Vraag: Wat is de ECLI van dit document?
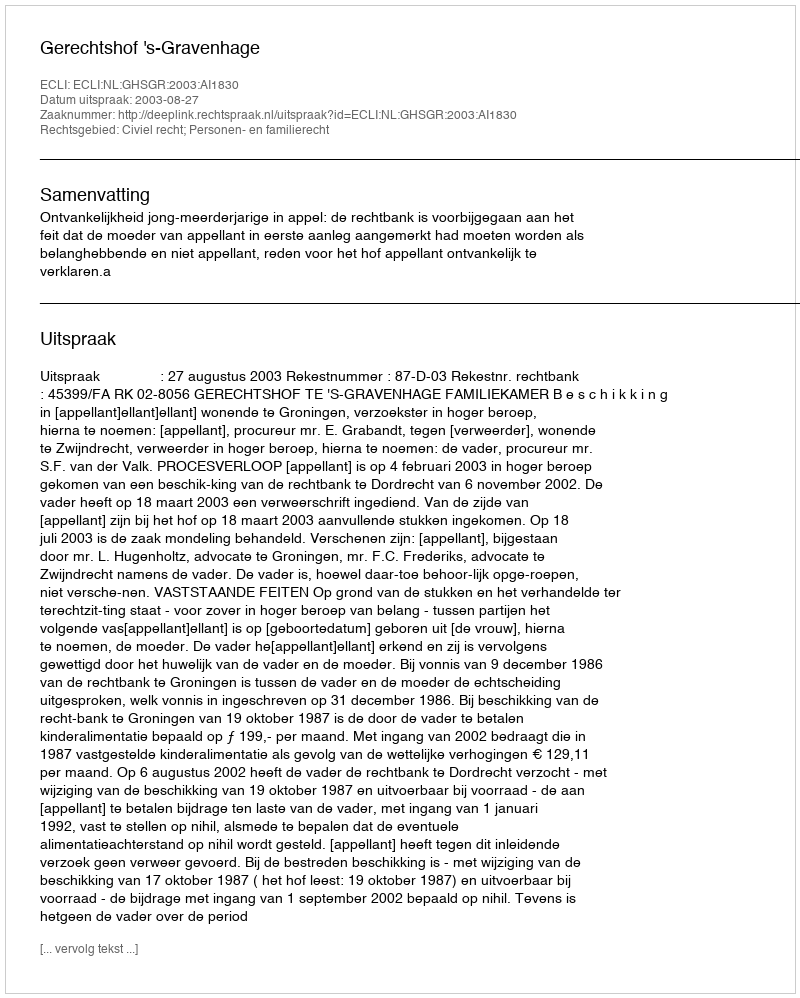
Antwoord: ECLI:NL:GHSGR:2003:AI1830